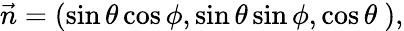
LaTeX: {\vec{n}}=(\sin\theta\cos\phi,\sin\theta\sin\phi,\cos\theta~),